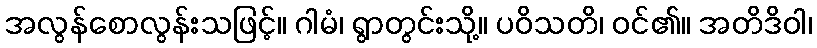
အလွန်စောလွန်းသဖြင့်။ ဂါမံ၊ ရွာတွင်းသို့။ ပဝိသတိ၊ ဝင်၏။ အတိဒိဝါ၊